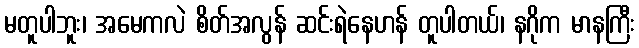
မတူပါဘူး၊ အမေကလဲ စိတ်အလွန် ဆင်းရဲနေဟန် တူပါတယ်၊ နဂိုက မာနကြီး